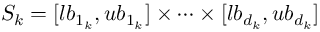
S _ { k } = [ l b _ { 1 _ { k } } , u b _ { 1 _ { k } } ] \times \dots \times [ l b _ { d _ { k } } , u b _ { d _ { k } } ]